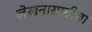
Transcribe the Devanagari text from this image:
लेखनासाठीचा